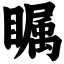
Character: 瞩